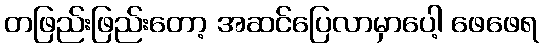
တဖြည်းဖြည်းတော့ အဆင်ပြေလာမှာပေါ့ ဖေဖေရ